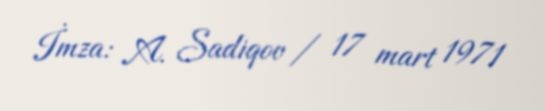
İmza: A. Sadiqov / 17 mart 1971